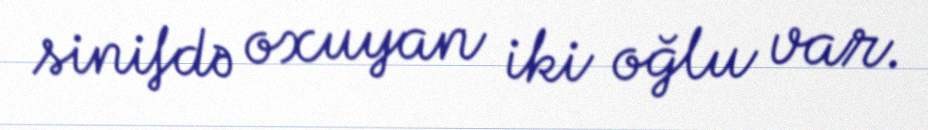
sinifdə oxuyan iki oğlu var.